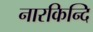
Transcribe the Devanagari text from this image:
नारकिन्दि